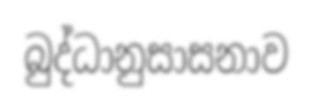
බුද්ධානුසාසනාව